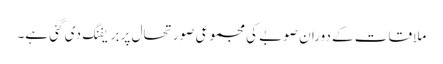
ملاقات کے دوران صوبے کی مجموعی صورتحال پر بریفنگ دی گئی ہے۔